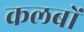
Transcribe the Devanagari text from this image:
कलबों